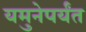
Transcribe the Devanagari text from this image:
यमुनेपर्यंत